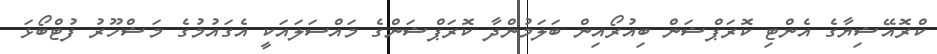
ކްރޮއޭޝިޔާގެ އެންޓި ކޮރަޕްޝަން ބިއުރޯއިން ބަލަމުންދާ ކޮރަޕްޝަންގެ މައްސަލައަކީ އެގައުމުގެ މަޝްހޫރު ފުޓްބޯޅަ